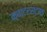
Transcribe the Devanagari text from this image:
क्वाटरस्टाफ